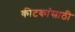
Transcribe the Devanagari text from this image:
कीटकांसाठी